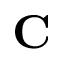
\mathbf { C }